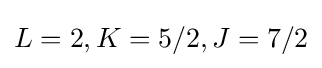
L=2,K=5/2,J=7/2